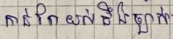
កាន់តែយល់ដឹងច្បាស់